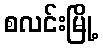
စလင်းမြို့